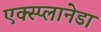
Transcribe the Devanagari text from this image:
एक्स्प्लानेडा